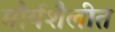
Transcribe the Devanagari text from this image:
मौर्यशैलीत